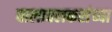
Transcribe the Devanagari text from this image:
वालावलकरांच्या